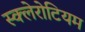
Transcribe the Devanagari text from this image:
स्क्लेरोटियम